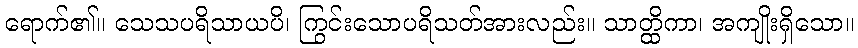
ရောက်၏။ သေသပရိသာယပိ၊ ကြွင်းသောပရိသတ်အားလည်း။ သာတ္ထိကာ၊ အကျိုးရှိသော။